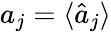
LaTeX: a_{j}=\langle{\hat{a}_{j}}\rangle